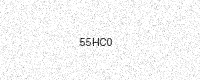
Text: 55HC0